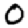
Digit: 0